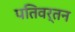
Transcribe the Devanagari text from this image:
पतिवर्तन